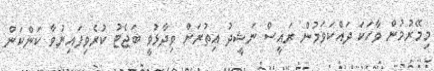
މިމޭރުމުން ވާހަކަ ދައްކަވަމުން ރައީސް ނަޝީދު އިތުރަށް ވިދާޅުވީ ބަޖެޓު ކުރެވިފައިނުވާ ކަންކަން